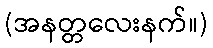
(အနတ္တလေးနက်။)